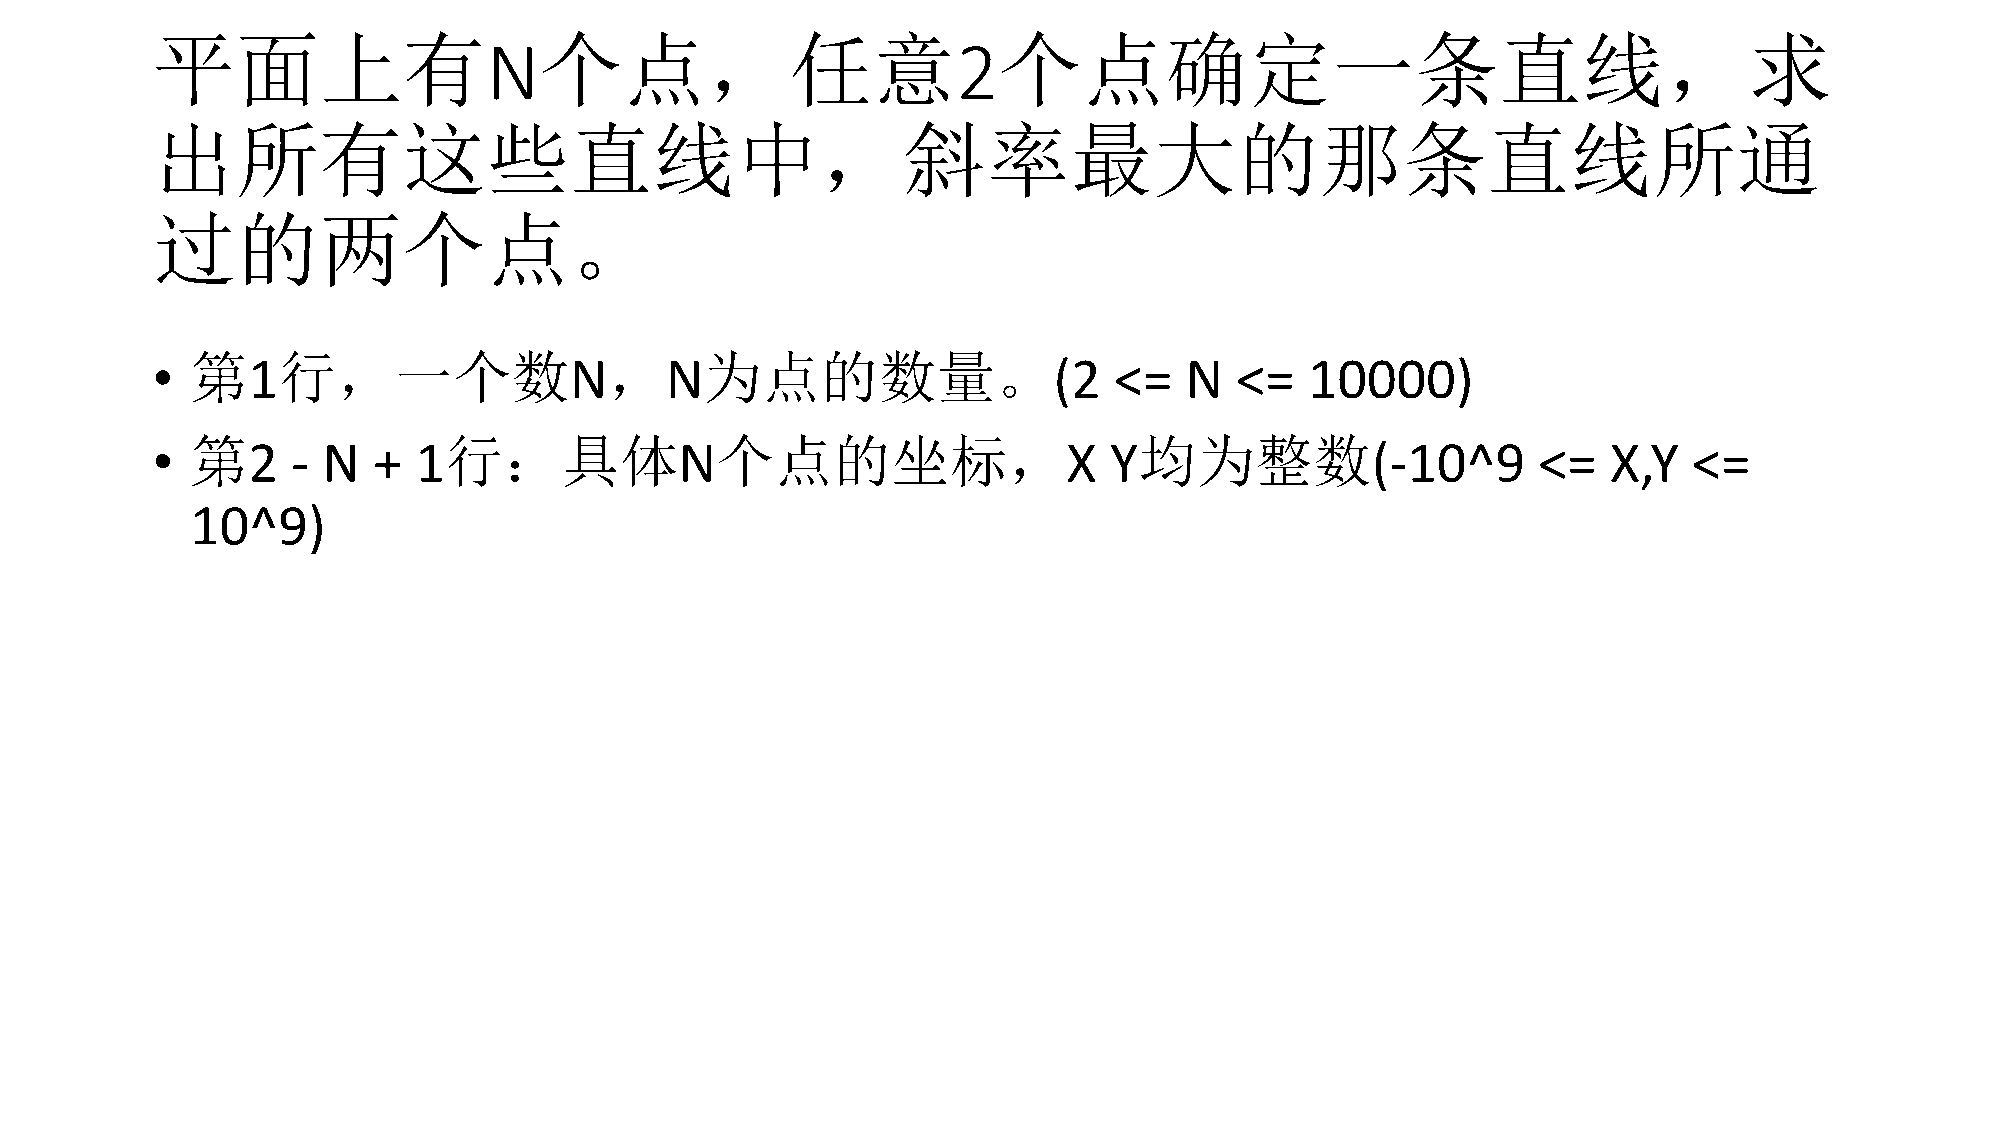
平面上有                      个点，任意                         个点确定一条直线，求
 N                              2
 出所有这些直线中，斜率最大的那条直线所通
 过的两个点。
 第    行，一个数                 ，      为点的数量。
 •     1                     N     N                         (2  <=  N   <=   10000)
 第               行：具体              个点的坐标，                      均为整数
 •     2  - N   + 1                 N                         X Y                 (-10^9     <=   X,Y  <=
 10^9)